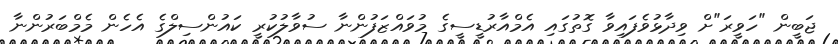
ޖަބީން "ހަވީރަ"ށް ވިދާޅުވެފައިވާ ގޮތުގައި އެމްއާރުޑީސީގެ މުވައްޒަފުންނާ ސުވާލުކުރީ ކައުންސިލްގެ އެހެން މެމްބަރުންނާ